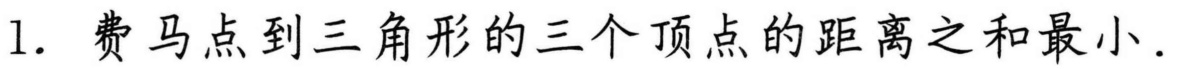
1. 费马点到三角形的三个顶点的距离之和最小.